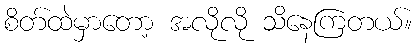
စိတ်ထဲမှာတော့ အလိုလို သိနေကြတယ်။